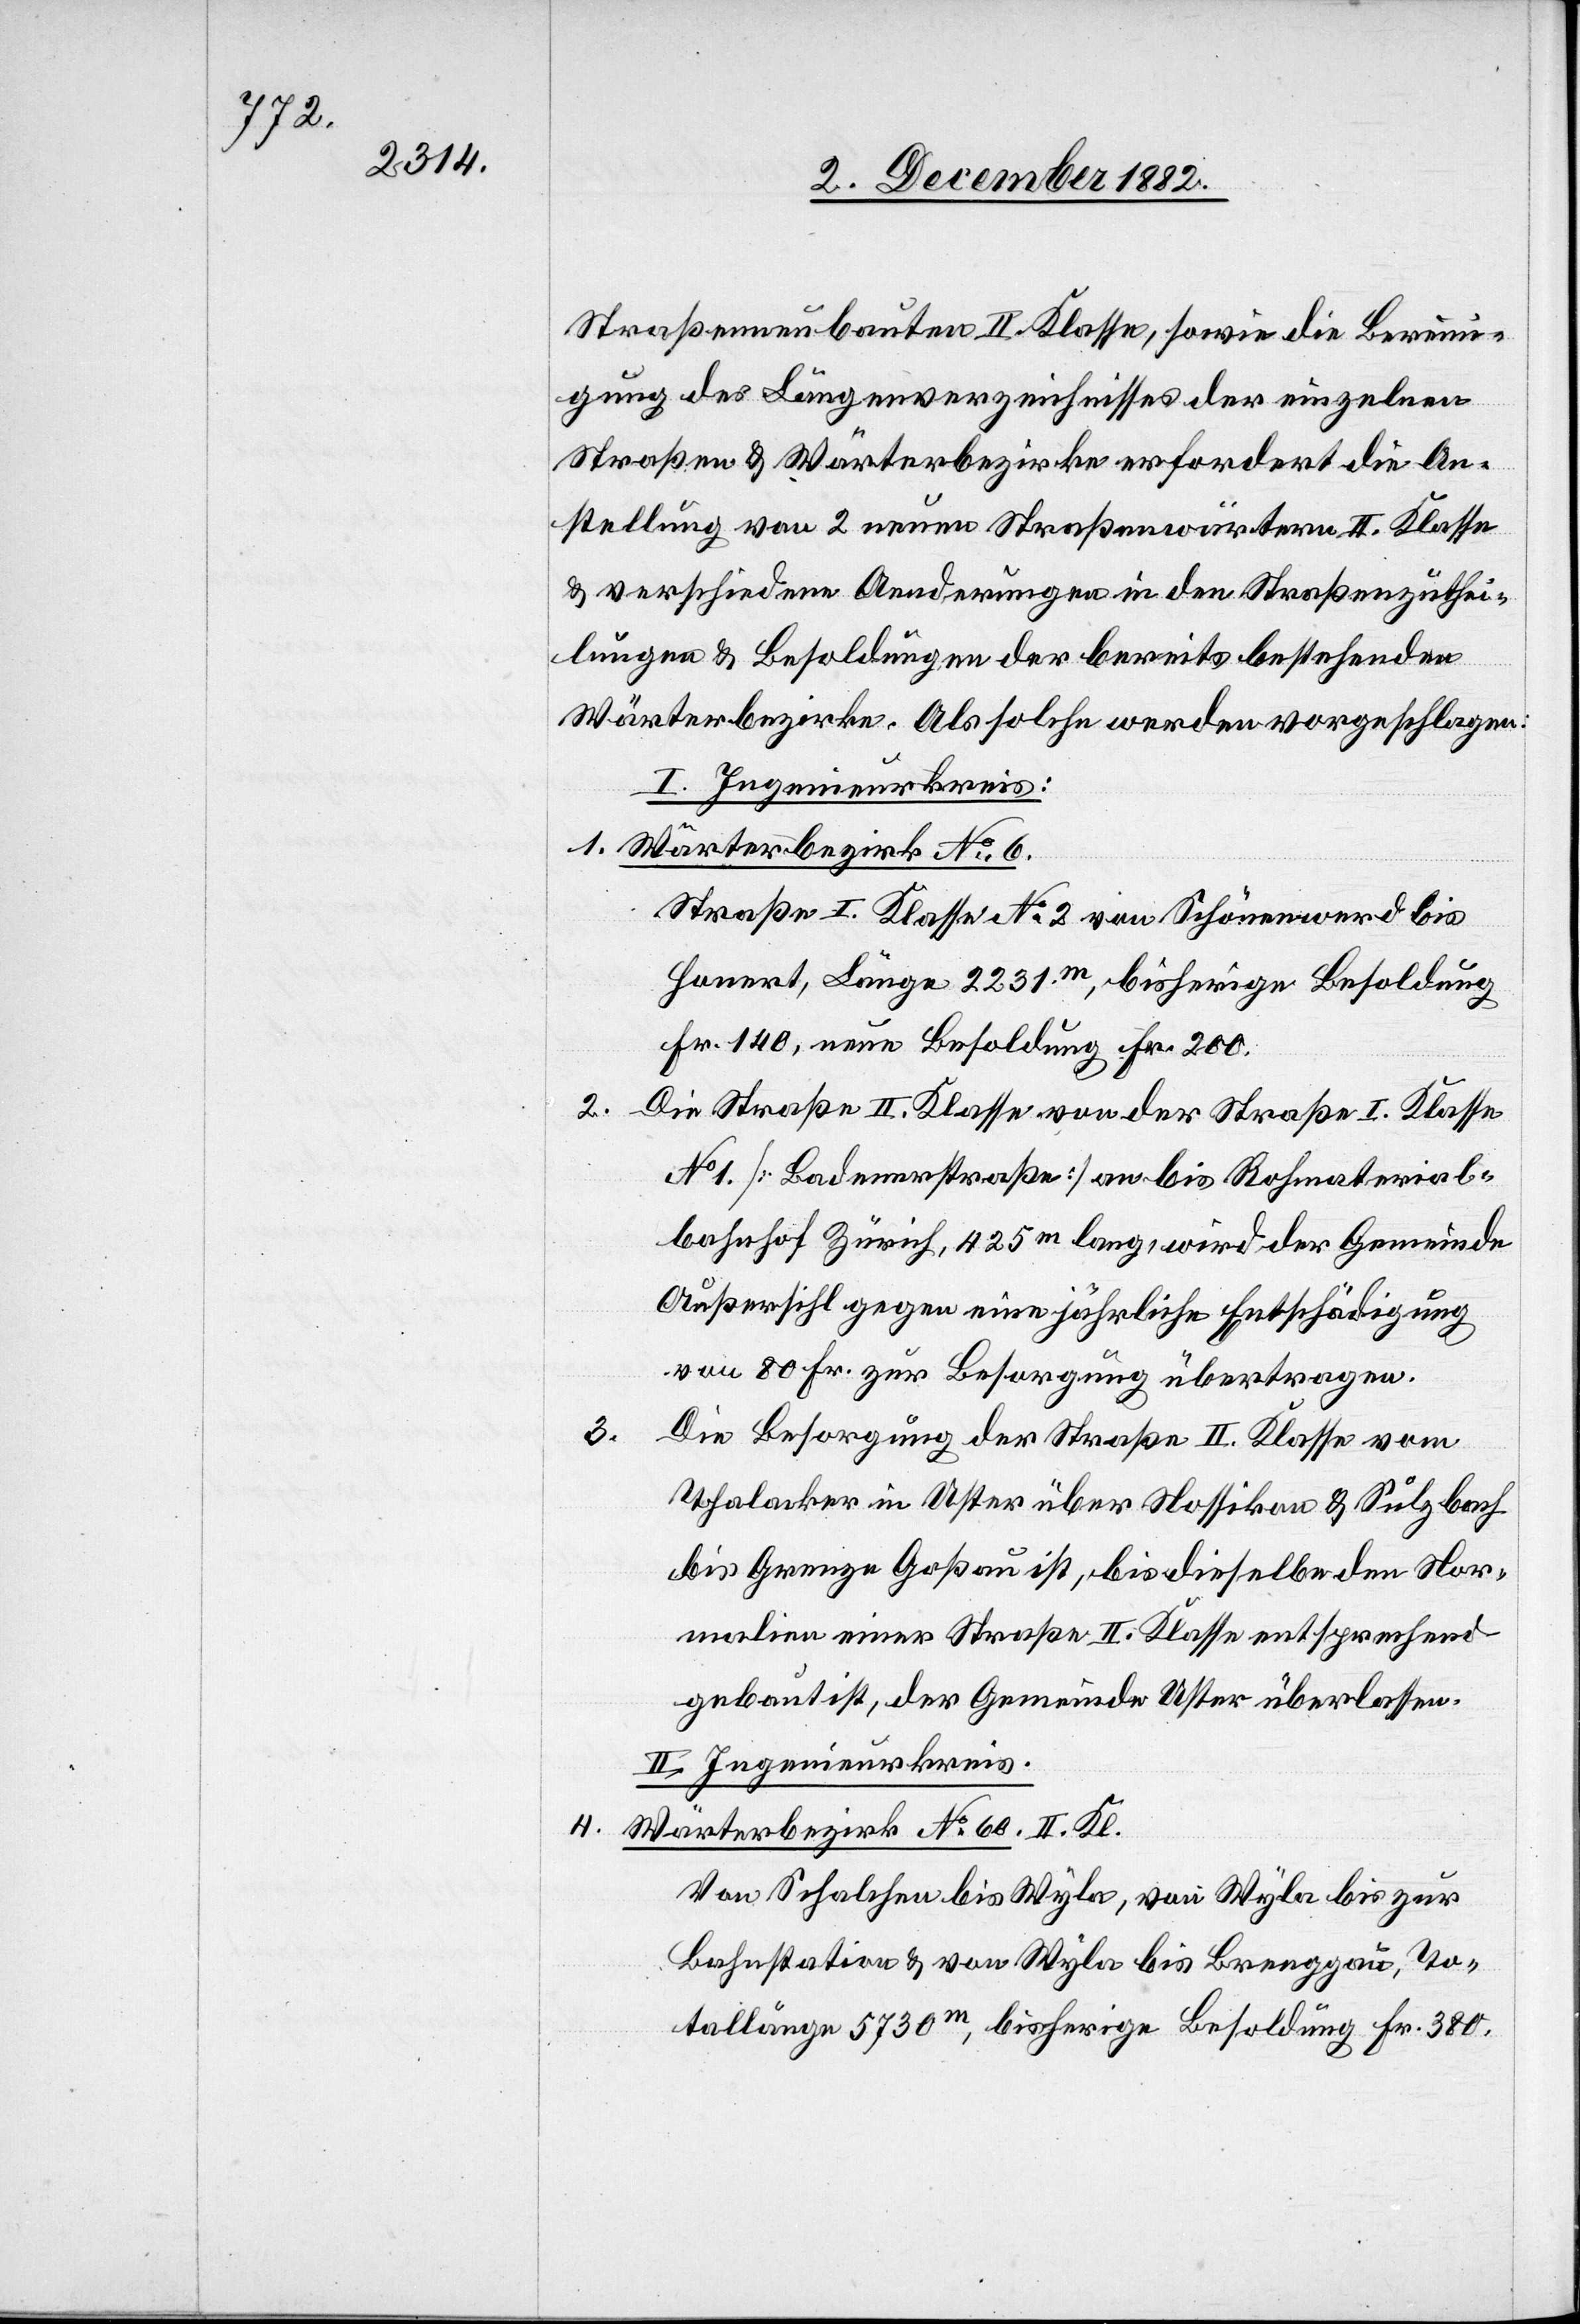
4.

3.

Straßenbauten II. Klasse, sowie die Bereini¬
gung des Längenverzeichnisses der einzelnen
Straßen & Wärterbezirke erfordert die An¬
stellung von 2 neuen Straßenwärtern II. Klasse
& verschiedene Aenderungen in den Straßenzuthei¬
lungen & Besoldungen der bereits bestehenden
Wärterbezirke. Als solche werden vorgeschlagen:
I. Ingenieurkreis:
1. Wärterbezirk No 6.
Straße I. Klasse No 2 von Schönenwerd bis
Honert, Länge 2231m, bisherige Besoldung
Fr. 140, neue Besoldung Fr. 200.
2.
Die Straße II. Klasse von der Straße I. Klasse
No 1 [Badenerstraße] an bis Rohmaterial¬
bahnhof Zürich, 425m lang, wird der Gemeinde
Außersihl gegen eine jährliche Entschädigung
von 80 Fr. zur Besorgung übertragen.
Die Besorgung der Straße II. Klasse vom
Thalacker in Uster über Nossikon & Sulzbach
bis Grenze Goßau ist, bis dieselbe den Nor¬
malien einer Straße II. Klasse entsprechend
gebaut ist, der Gemeinde Uster überlassen.
II. Ingenieurkreis.
Wärterbezirk No 60. II. Kl.
Von Schalchen bis Wyla bis Brenggau, To¬
tallängen 5730m, bisherige Besoldung Fr. 380,